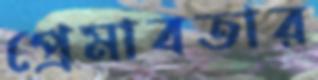
প্রেমাবতার